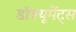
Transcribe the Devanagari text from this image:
डॉक्यूमेंट्स